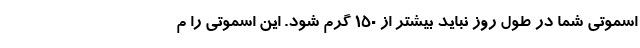
اسموتی شما در طول روز نباید بیشتر از 150 گرم شود. این اسموتی را م